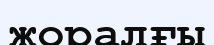
жоралғы